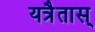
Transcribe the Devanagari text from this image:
यत्रैतास्‌